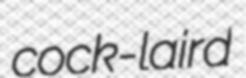
cock-laird